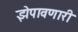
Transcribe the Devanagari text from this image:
झेपावणारी